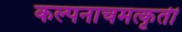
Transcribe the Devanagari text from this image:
कल्पनाचमत्कृती